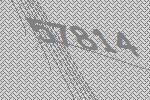
57814